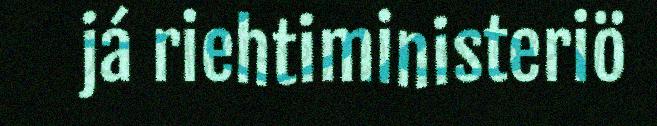
já riehtiministeriö